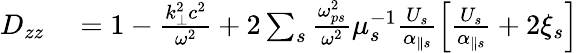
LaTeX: \begin{array}{rl}{D_{zz}}&{{}=1-\frac{k_{\perp}^{2}c^{2}}{\omega^{2}}+2\sum_{s}\frac{\omega_{ps}^{2}}{\omega^{2}}\mu_{s}^{-1}\frac{U_{s}}{\alpha_{\parallel s}}\left[\frac{U_{s}}{\alpha_{\parallel s}}+2\xi_{s}\right]}\end{array}